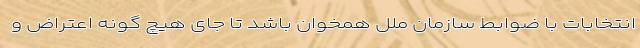
انتخابات با ضوابط سازمان ملل همخوان باشد تا جای هیچ گونه اعتراض و